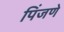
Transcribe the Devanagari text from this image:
पिंजणे